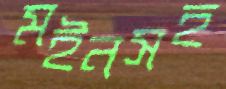
মইনসহ